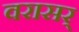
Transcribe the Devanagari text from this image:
वरासर्